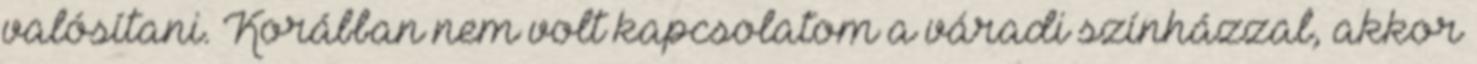
valósítani. Korábban nem volt kapcsolatom a váradi színházzal, akkor